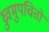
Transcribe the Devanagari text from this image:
ध्रुवमुपचितो